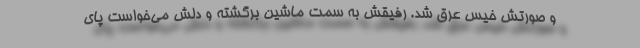
و صورتش خیس عرق شد. رفیقش به سمت ماشین برگشته و دلش می‌خواست پای